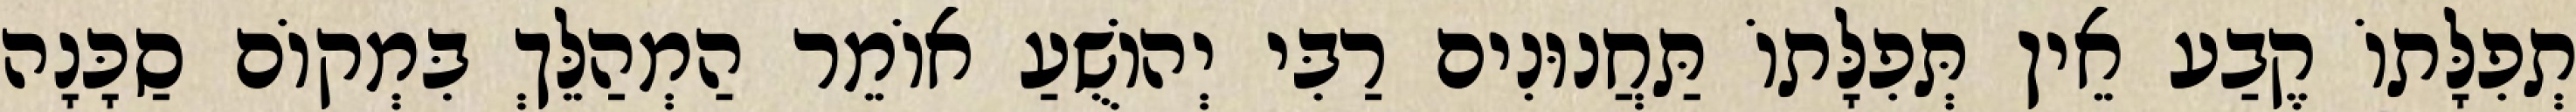
תְפִלָּתוֹ קֶבַע אֵין תְּפִלָּתוֹ תַּחֲנוּנִים רַבִּי יְהוֹשֻׁעַ אוֹמֵר הַמְהַלֵּךְ בִּמְקוֹם סַכָּנָה